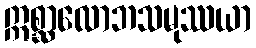
ဣစ္ဆာလောဘသမုဿယာ